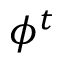
\phi ^ { t }